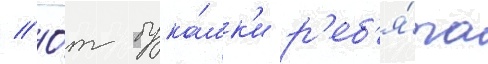
// О́т бука́шк'и р'еб'я́та